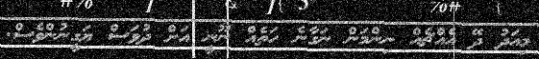
މިއަދު ދޭ އެއްޗެއް ނިންމަން ނަގާނެ ހަތެއް ނޫނީ އަށް ދުވަސް ޔަގީނުންވެސް.